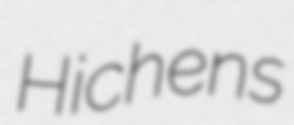
Hichens